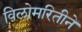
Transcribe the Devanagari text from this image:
विलोमरितीने